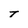
Character: T